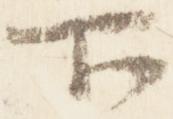
下